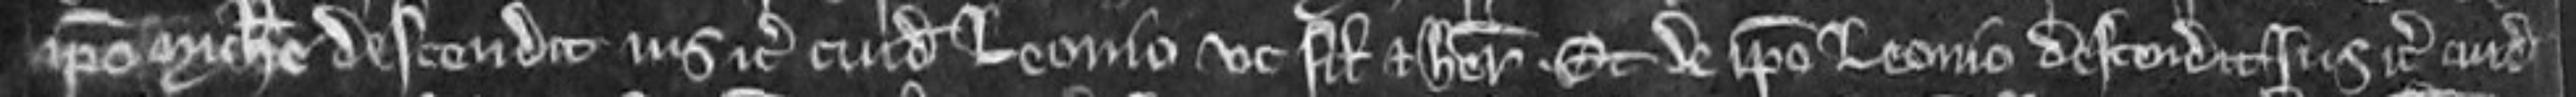
ipso Michaeli descendit ius etc cuidam Leonio ut filio et heredi. et de ipso Leonio descendit ius etc cuidam